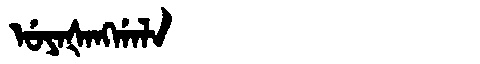
Manchu: ᡠᠶᠠᡧᠠᠩᡤᠠᠯᠠ
Romanization: UYAŠANGGALA